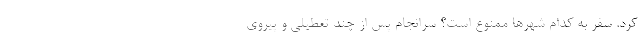
کرد. سفر به کدام شهرها ممنوع است؟ سرانجام پس از چند تعطیلی و پیروی